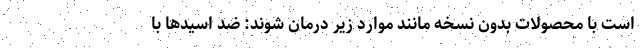
است با محصولات بدون نسخه مانند موارد زیر درمان شوند: ضد اسیدها با